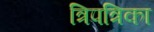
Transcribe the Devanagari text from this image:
त्रिपत्रिका